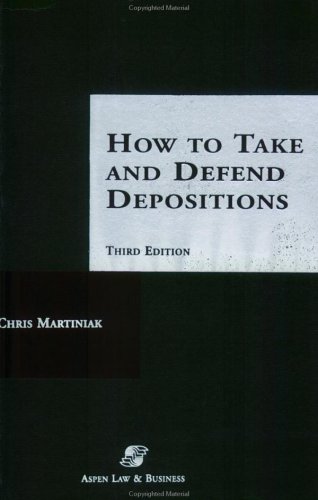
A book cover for How To Take and Defend Depositions; L.J. Chris Martiniak; Law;